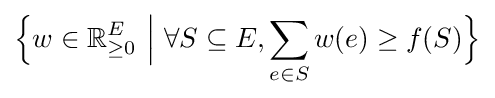
{\Big \{}w\in \mathbb {R} _{\geq 0}^{E}~{\Big |}~\forall S\subseteq E,\sum _{e\in S}w(e)\geq f(S){\Big \}}